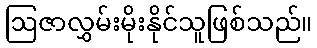
ဩဇာလွှမ်းမိုးနိုင်သူဖြစ်သည်။